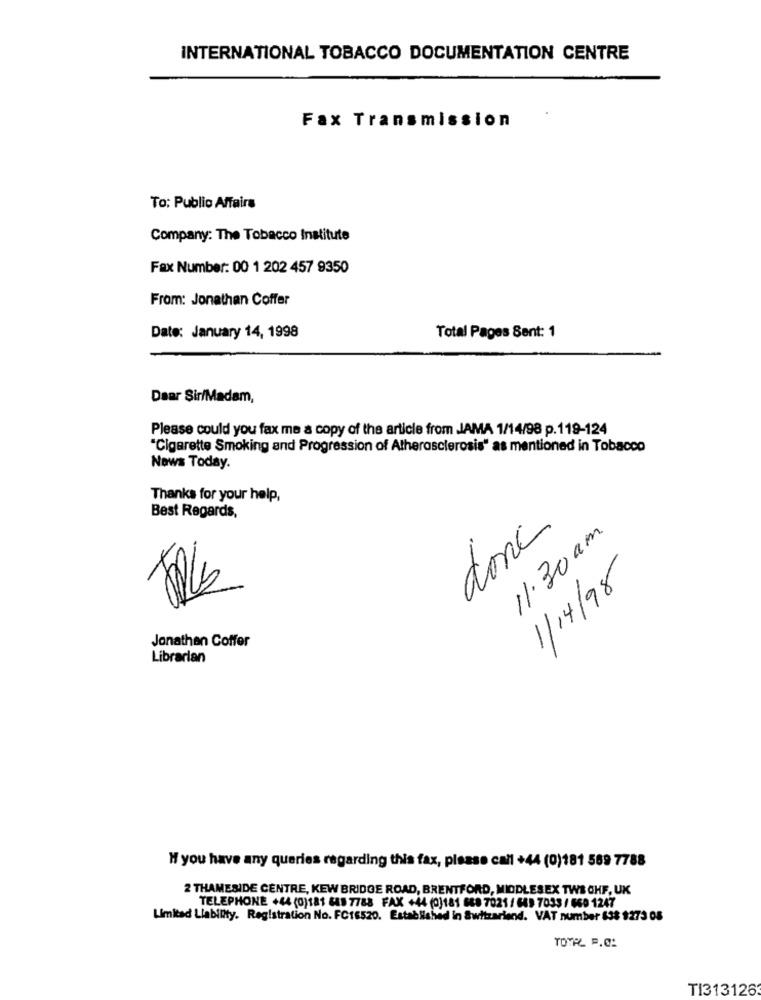
INTERNATIONAL TOBACCO DOCUMENTATION CENTRE
Fax Transmission
To: Public Affairs
Company: The Tobacco Institute
Fax Number: 00 1 202 457 9350
From: Jonathan Coffer
Date: January 14, 1998
Total Pages Sent: 1
Dear Sir/Madam,
Please could you fax me a copy of the article from JAMA 1/14/98 p.119-124
"Cigarette Smoking and Progression of Atherosclerosis" as mentioned in Tobacco
News Today.
Thanks for your help,
Best Regards,
donc
11.30 am.
1/14/98
Jonathan Coffer
Librarian
" you have any queries regarding this fax, please call +44 (0)181 569 7788
2 THAMESIDE CENTRE, KEW BRIDGE ROAD, BRENTFORD, MIDDLESEX TWS CHF, UK
TELEPHONE +44 (0)181 888 7788 FAX +44 (0)181 888 7021 / 643 7033 / 660 1247
Limited Liability. Registration No. FC16520. Established in Switzerland. VAT number 638 $273 08
TOTAL P.C:
TI313126